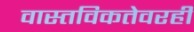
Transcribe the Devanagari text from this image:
वास्तविकतेवरही